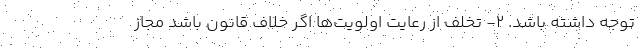
توجه داشته باشد. ۲- تخلف از رعایت اولویت‌ها اگر خلاف قانون باشد مجاز